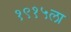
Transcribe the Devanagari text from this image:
१९१५ला